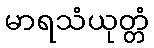
မာရသံယုတ္တံ